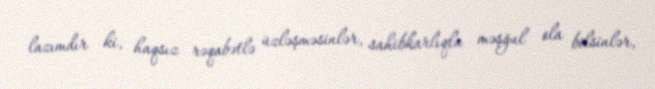
lazımdır ki, haqsız rəqabətlə üzləşməsinlər, sahibkarlıqla məşğul ola bilsinlər,